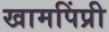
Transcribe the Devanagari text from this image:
खामपिंप्री